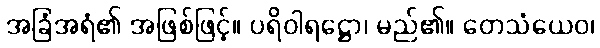
အခြံအရံ၏ အဖြစ်ဖြင့်။ ပရိဝါရဋ္ဌော၊ မည်၏။ တေသံယေဝ၊